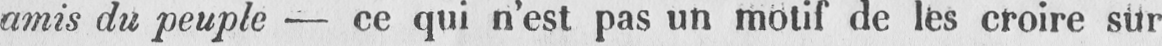
amis du peuple - ce qui n’est pas un motif de les croire sur